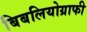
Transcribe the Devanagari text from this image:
बिबलियोग्राफी